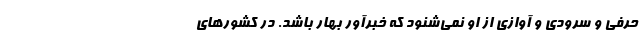
حرفی و سرودی و آوازی از او نمی‌شنود که خبرآور بهار باشد. در کشورهای